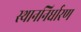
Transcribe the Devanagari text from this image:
स्थाननिर्धारण